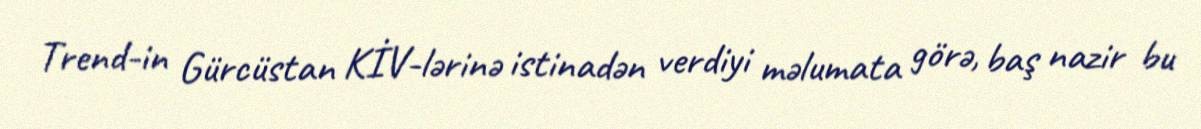
Trend-in Gürcüstan KİV-lərinə istinadən verdiyi məlumata görə, baş nazir bu